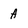
Character: A